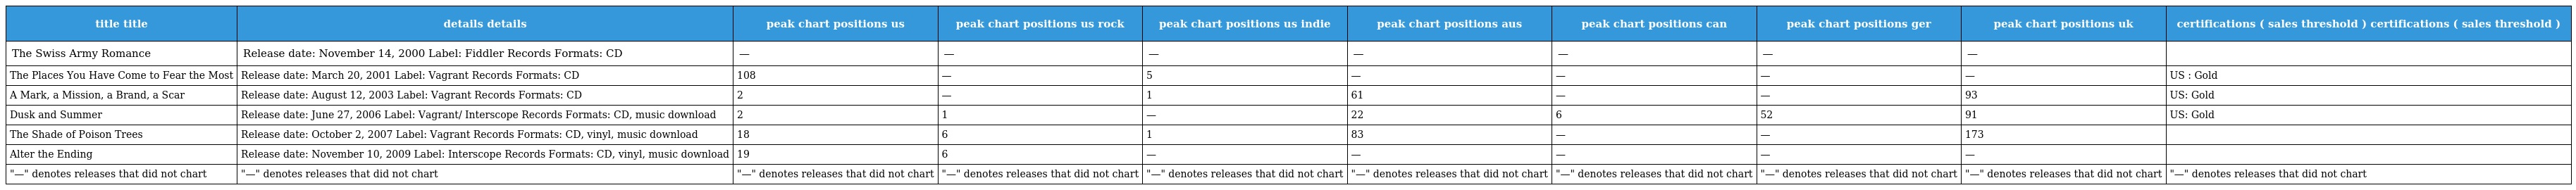
| title title | details details | peak chart positions us | peak chart positions us rock | peak chart positions us indie | peak chart positions aus | peak chart positions can | peak chart positions ger | peak chart positions uk | certifications ( sales threshold ) certifications ( sales threshold ) |
 | --- | --- | --- | --- | --- | --- | --- | --- | --- | --- |
 | The Swiss Army Romance | Release date: November 14, 2000 Label: Fiddler Records Formats: CD | — | — | — | — | — | — | — |  |
 | The Places You Have Come to Fear the Most | Release date: March 20, 2001 Label: Vagrant Records Formats: CD | 108 | — | 5 | — | — | — | — | US : Gold |
 | A Mark, a Mission, a Brand, a Scar | Release date: August 12, 2003 Label: Vagrant Records Formats: CD | 2 | — | 1 | 61 | — | — | 93 | US: Gold |
 | Dusk and Summer | Release date: June 27, 2006 Label: Vagrant/ Interscope Records Formats: CD, music download | 2 | 1 | — | 22 | 6 | 52 | 91 | US: Gold |
 | The Shade of Poison Trees | Release date: October 2, 2007 Label: Vagrant Records Formats: CD, vinyl, music download | 18 | 6 | 1 | 83 | — | — | 173 |  |
 | Alter the Ending | Release date: November 10, 2009 Label: Interscope Records Formats: CD, vinyl, music download | 19 | 6 | — | — | — | — | — |  |
 | "—" denotes releases that did not chart | "—" denotes releases that did not chart | "—" denotes releases that did not chart | "—" denotes releases that did not chart | "—" denotes releases that did not chart | "—" denotes releases that did not chart | "—" denotes releases that did not chart | "—" denotes releases that did not chart | "—" denotes releases that did not chart | "—" denotes releases that did not chart |